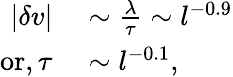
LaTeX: \begin{array}{rl}{|\delta v|}&{{}\sim\frac{\lambda}{\tau}\sim l^{-0.9}}\\ {\mathrm{or,\, }\tau}&{{}\sim l^{-0.1},}\end{array}